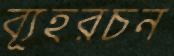
ব্যূহরচন